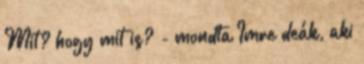
Mit? hogy mit is? - mondta Imre deák, aki